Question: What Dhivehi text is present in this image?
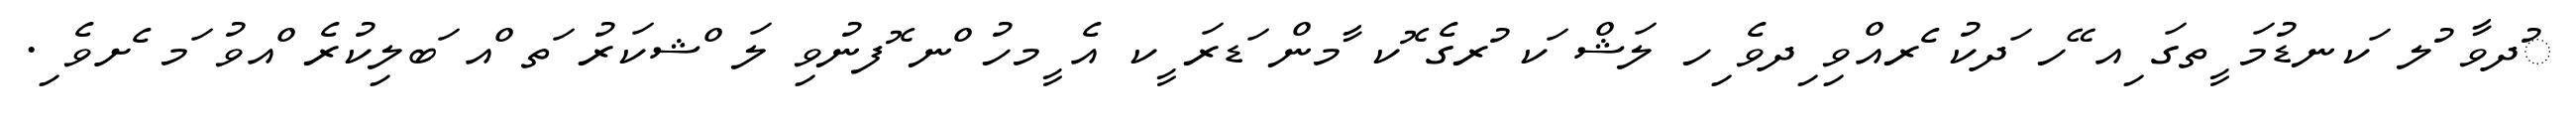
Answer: ުދވާ ުލ ަކނޑުމަ ީތގަ ިއ ޭހ ަދކު ެރއްވި ިދވެ ިހ ލަޝް ަކ ުރގެ ޮކ ާމން ަޑރަ ީކ އެ ީމހު ްނ ޮފނުވި ލަ ްޝކަރު ަތ ްއ ަބލިކުރެ ްއވު ަމ ެށވެ ި.